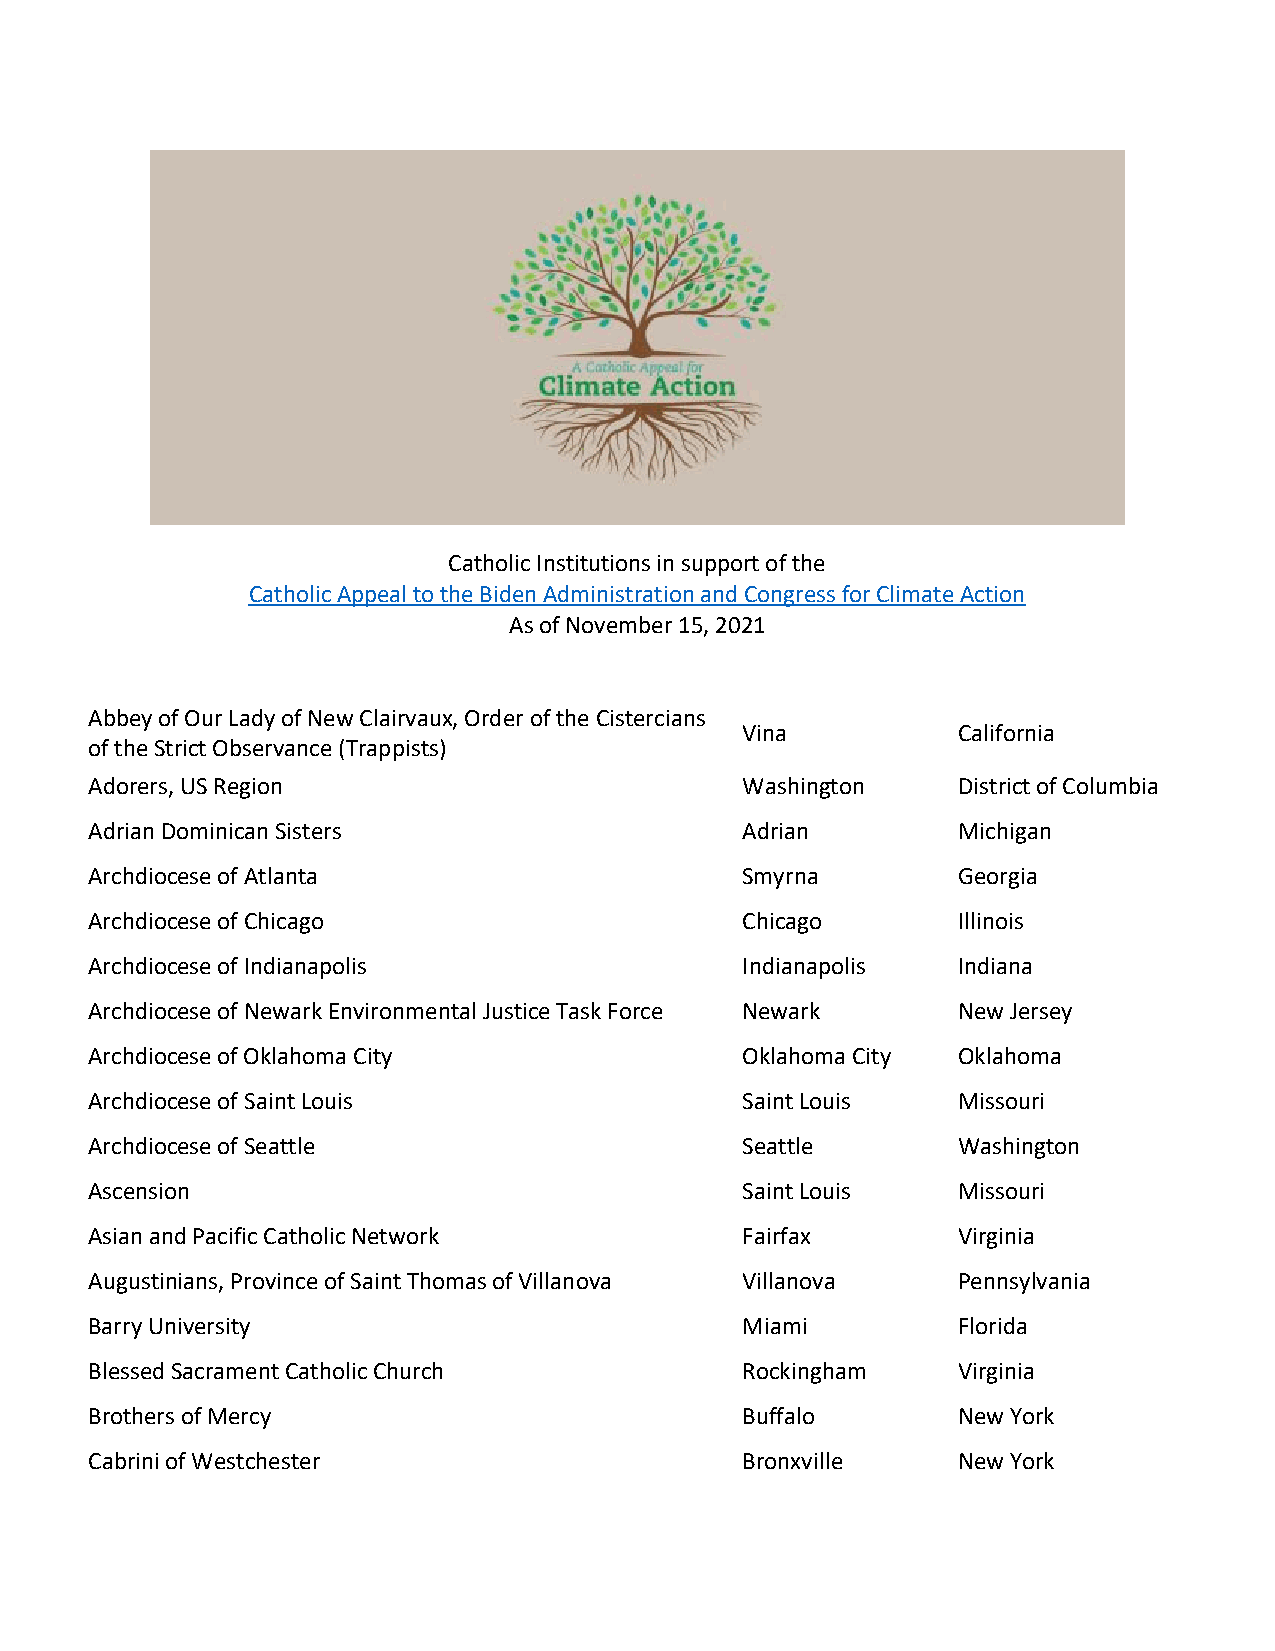
Catholic Institutions in support of the
 Catholic Appeal to the Biden Administration and Congress for Climate Action
 As of November 15, 2021
 Abbey of Our Lady of New Clairvaux, Order of the Cistercians
 Vina          California
 of the Strict Observance (Trappists)
 Adorers, US Region                         Washington    District of Columbia
 Adrian Dominican Sisters                   Adrian        Michigan
 Archdiocese of Atlanta                     Smyrna        Georgia
 Archdiocese of Chicago                     Chicago       Illinois
 Archdiocese of Indianapolis                Indianapolis  Indiana
 Archdiocese of Newark Environmental Justice Task Force Newark New Jersey
 Archdiocese of Oklahoma City               Oklahoma City Oklahoma
 Archdiocese of Saint Louis                 Saint Louis   Missouri
 Archdiocese of Seattle                     Seattle       Washington
 Ascension                                  Saint Louis   Missouri
 Asian and Pacific Catholic Network         Fairfax       Virginia
 Augustinians, Province of Saint Thomas of Villanova Villanova Pennsylvania
 Barry University                           Miami         Florida
 Blessed Sacrament Catholic Church          Rockingham    Virginia
 Brothers of Mercy                          Buffalo       New York
 Cabrini of Westchester                     Bronxville    New York